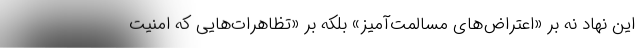
این نهاد نه بر «اعتراض‌های مسالمت‌آمیز» بلکه بر «تظاهرات‌هایی که امنیت